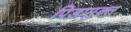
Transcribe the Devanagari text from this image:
पिडामुक्त